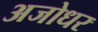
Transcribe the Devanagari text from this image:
अजोधर